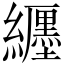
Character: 纒